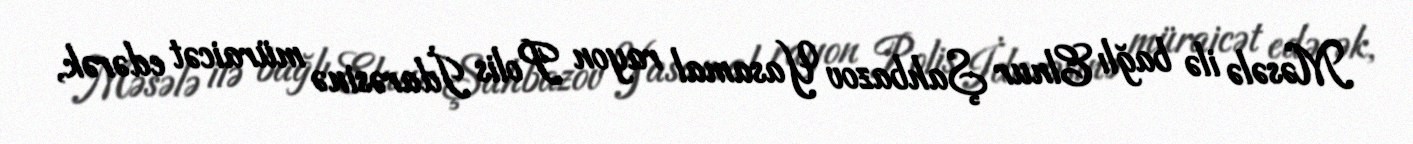
Məsələ ilə bağlı Elnur Şahbazov Yasamal rayon Polis İdarəsinə müraicət edərək,